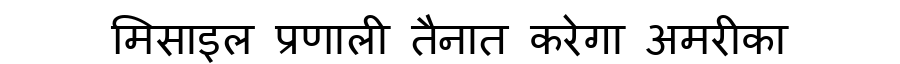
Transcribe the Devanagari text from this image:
मिसाइल प्रणाली तैनात करेगा अमरीका